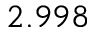
2 . 9 9 8